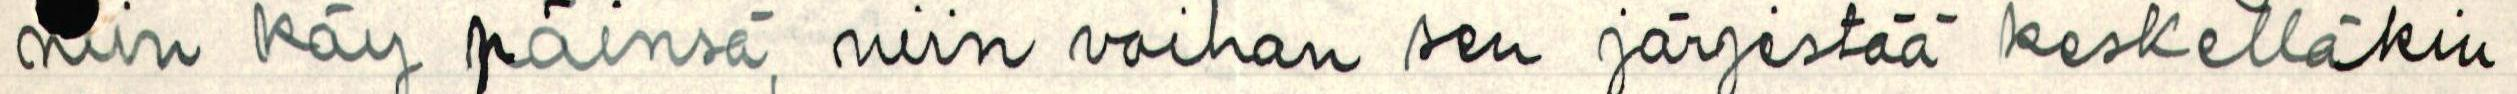
niin käy päinsä, niin voihan sen järjestää keskelläkin